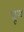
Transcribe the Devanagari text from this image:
घूरब